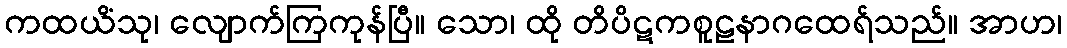
ကထယိံသု၊ လျောက်ကြကုန်ပြီ။ သော၊ ထို တိပိဋကစူဠနာဂထေရ်သည်။ အာဟ၊